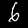
Label: 6